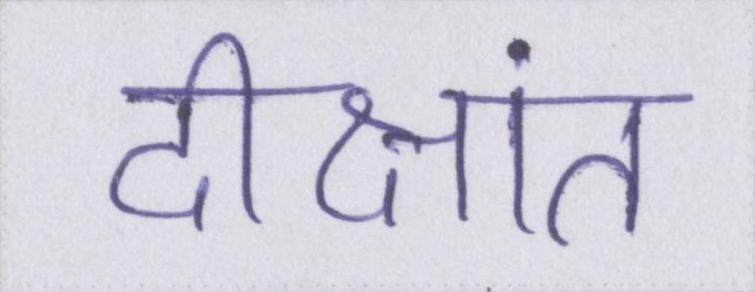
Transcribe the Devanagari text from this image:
दीक्षांत